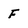
Character: F